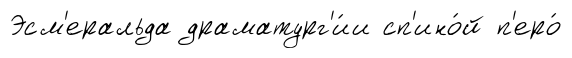
Эсм'еральда драматург'и́и сп'ино́й п'еро́